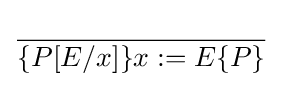
{\dfrac {}{\{P[E/x]\}x:=E\{P\}}}